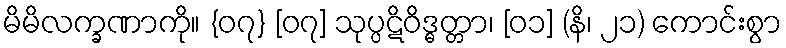
မိမိလက္ခဏာကို။ {၀၇} [၀၇] သုပ္ပဋိဝိဒ္ဓတ္တာ၊ [၀၁] (နိ၊ ၂၁) ကောင်းစွာ